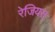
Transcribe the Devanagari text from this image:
रेजियस